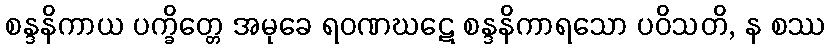
စန္ဒနိကာယ ပက္ခိတ္တေ အမုခေ ရဝဏဃဋေ စန္ဒနိကာရသော ပဝိသတိ, န စဿ